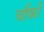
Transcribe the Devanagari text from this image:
चौंकी